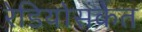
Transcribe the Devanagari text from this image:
रेडियोसंकेत